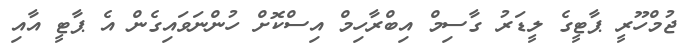
ޖުމްހޫރީ ޕާޓީގެ ލީޑަރު ގާސިމް އިބްރާހިމް އިސްކޮށް ހުންނަވައިގެން އެ ޕާޓީ އާއި